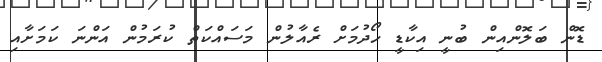
ޑޮން ބަލޮންއިން ބުނީ އިކާޑީ ހޯދުމަށް ރެއާލުން މަސައްކަތް ކުރަމުން އަންނަ ކަމަށާއި